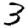
Digit: 3